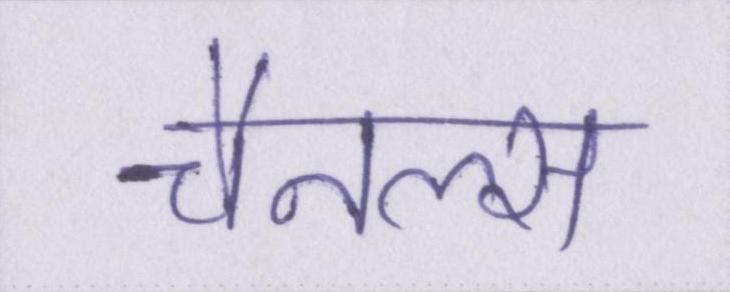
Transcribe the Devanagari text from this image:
चैनल्स